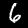
Label: 6